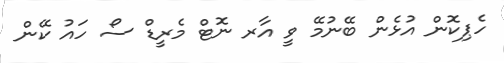
ހެޕިކޮން އުޅެން ބޭނުމޭ ވީ އާރ ނޮޓް މެރީޑް ސޯ ހައު ކޭން